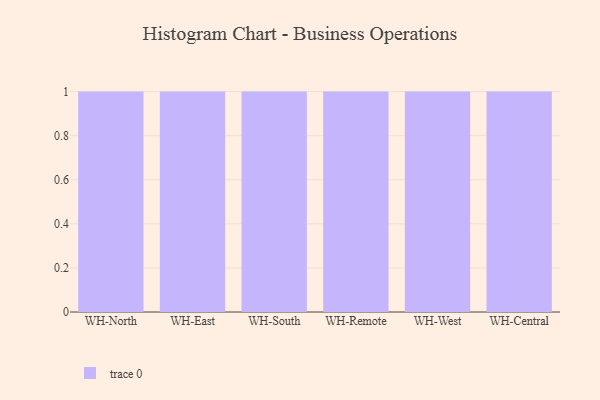
{"axis": {"x": "Warehouse", "y": "Demand Index"}, "legend": [""], "data": [{"x": "WH-North", "y": 93, "type": ""}, {"x": "WH-East", "y": 19, "type": ""}, {"x": "WH-South", "y": 71, "type": ""}, {"x": "WH-Remote", "y": 11, "type": ""}, {"x": "WH-West", "y": 79, "type": ""}, {"x": "WH-Central", "y": 74, "type": ""}]}